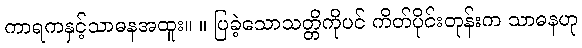
ကာရကနှင့်သာဓနအထူး။ ။ ပြခဲ့သောသတ္တိကိုပင် ကိတ်ပိုင်းတုန်းက သာဓနဟု